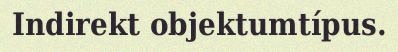
Indirekt objektumtípus.